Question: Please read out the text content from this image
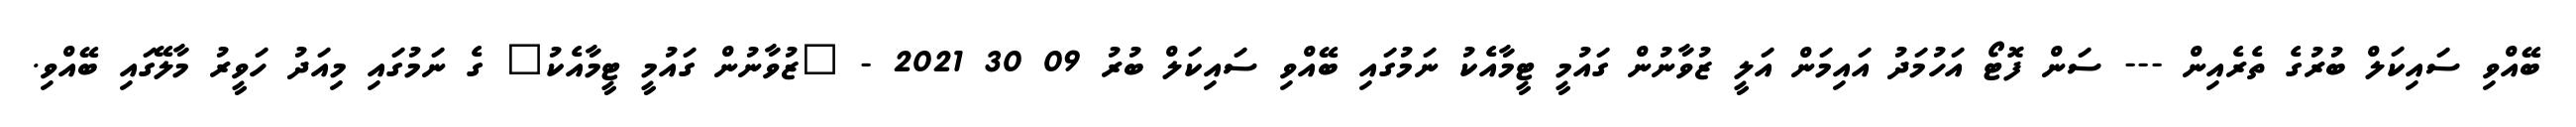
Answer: ބޭއްވި ސައިކަލް ބުރުގެ ތެރެއިން --- ސަން ފޮޓޯ އަހުމަދު އައިމަން އަލީ ޒުވާނުން ގައުމީ ޓީމާއެކު ނަމުގައި ބޭއްވި ސައިކަލް ބުރު 09 30 2021 - "ޒުވާނުން ގައުމީ ޓީމާއެކު" ގެ ނަމުގައި މިއަދު ހަވީރު މާލޭގައި ބޭއްވި.